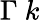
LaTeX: \Gamma\ k